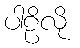
ပါဠိလို